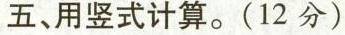
五、用竖式计算。(12分)